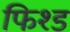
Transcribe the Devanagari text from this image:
फिश्ड